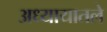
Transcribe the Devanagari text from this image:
अध्‍यायातले